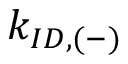
k _ { I D , ( - ) }